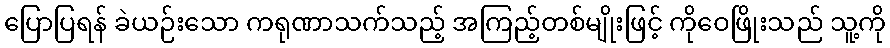
ပြောပြရန် ခဲယဉ်းသော ကရုဏာသက်သည့် အကြည့်တစ်မျိုးဖြင့် ကိုဝေဖြိုးသည် သူ့ကို